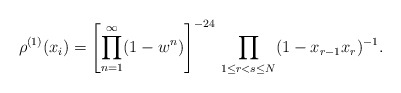
\begin{align*}\rho^{(1)}(x_i)= \left[\prod_{n=1}^{\infty} (1 - w^n) \right]^{-24}\,\prod_{1\leq r<s\leq N} (1 - x_{r-1}x_r)^{-1}.\end{align*}